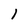
Character: l